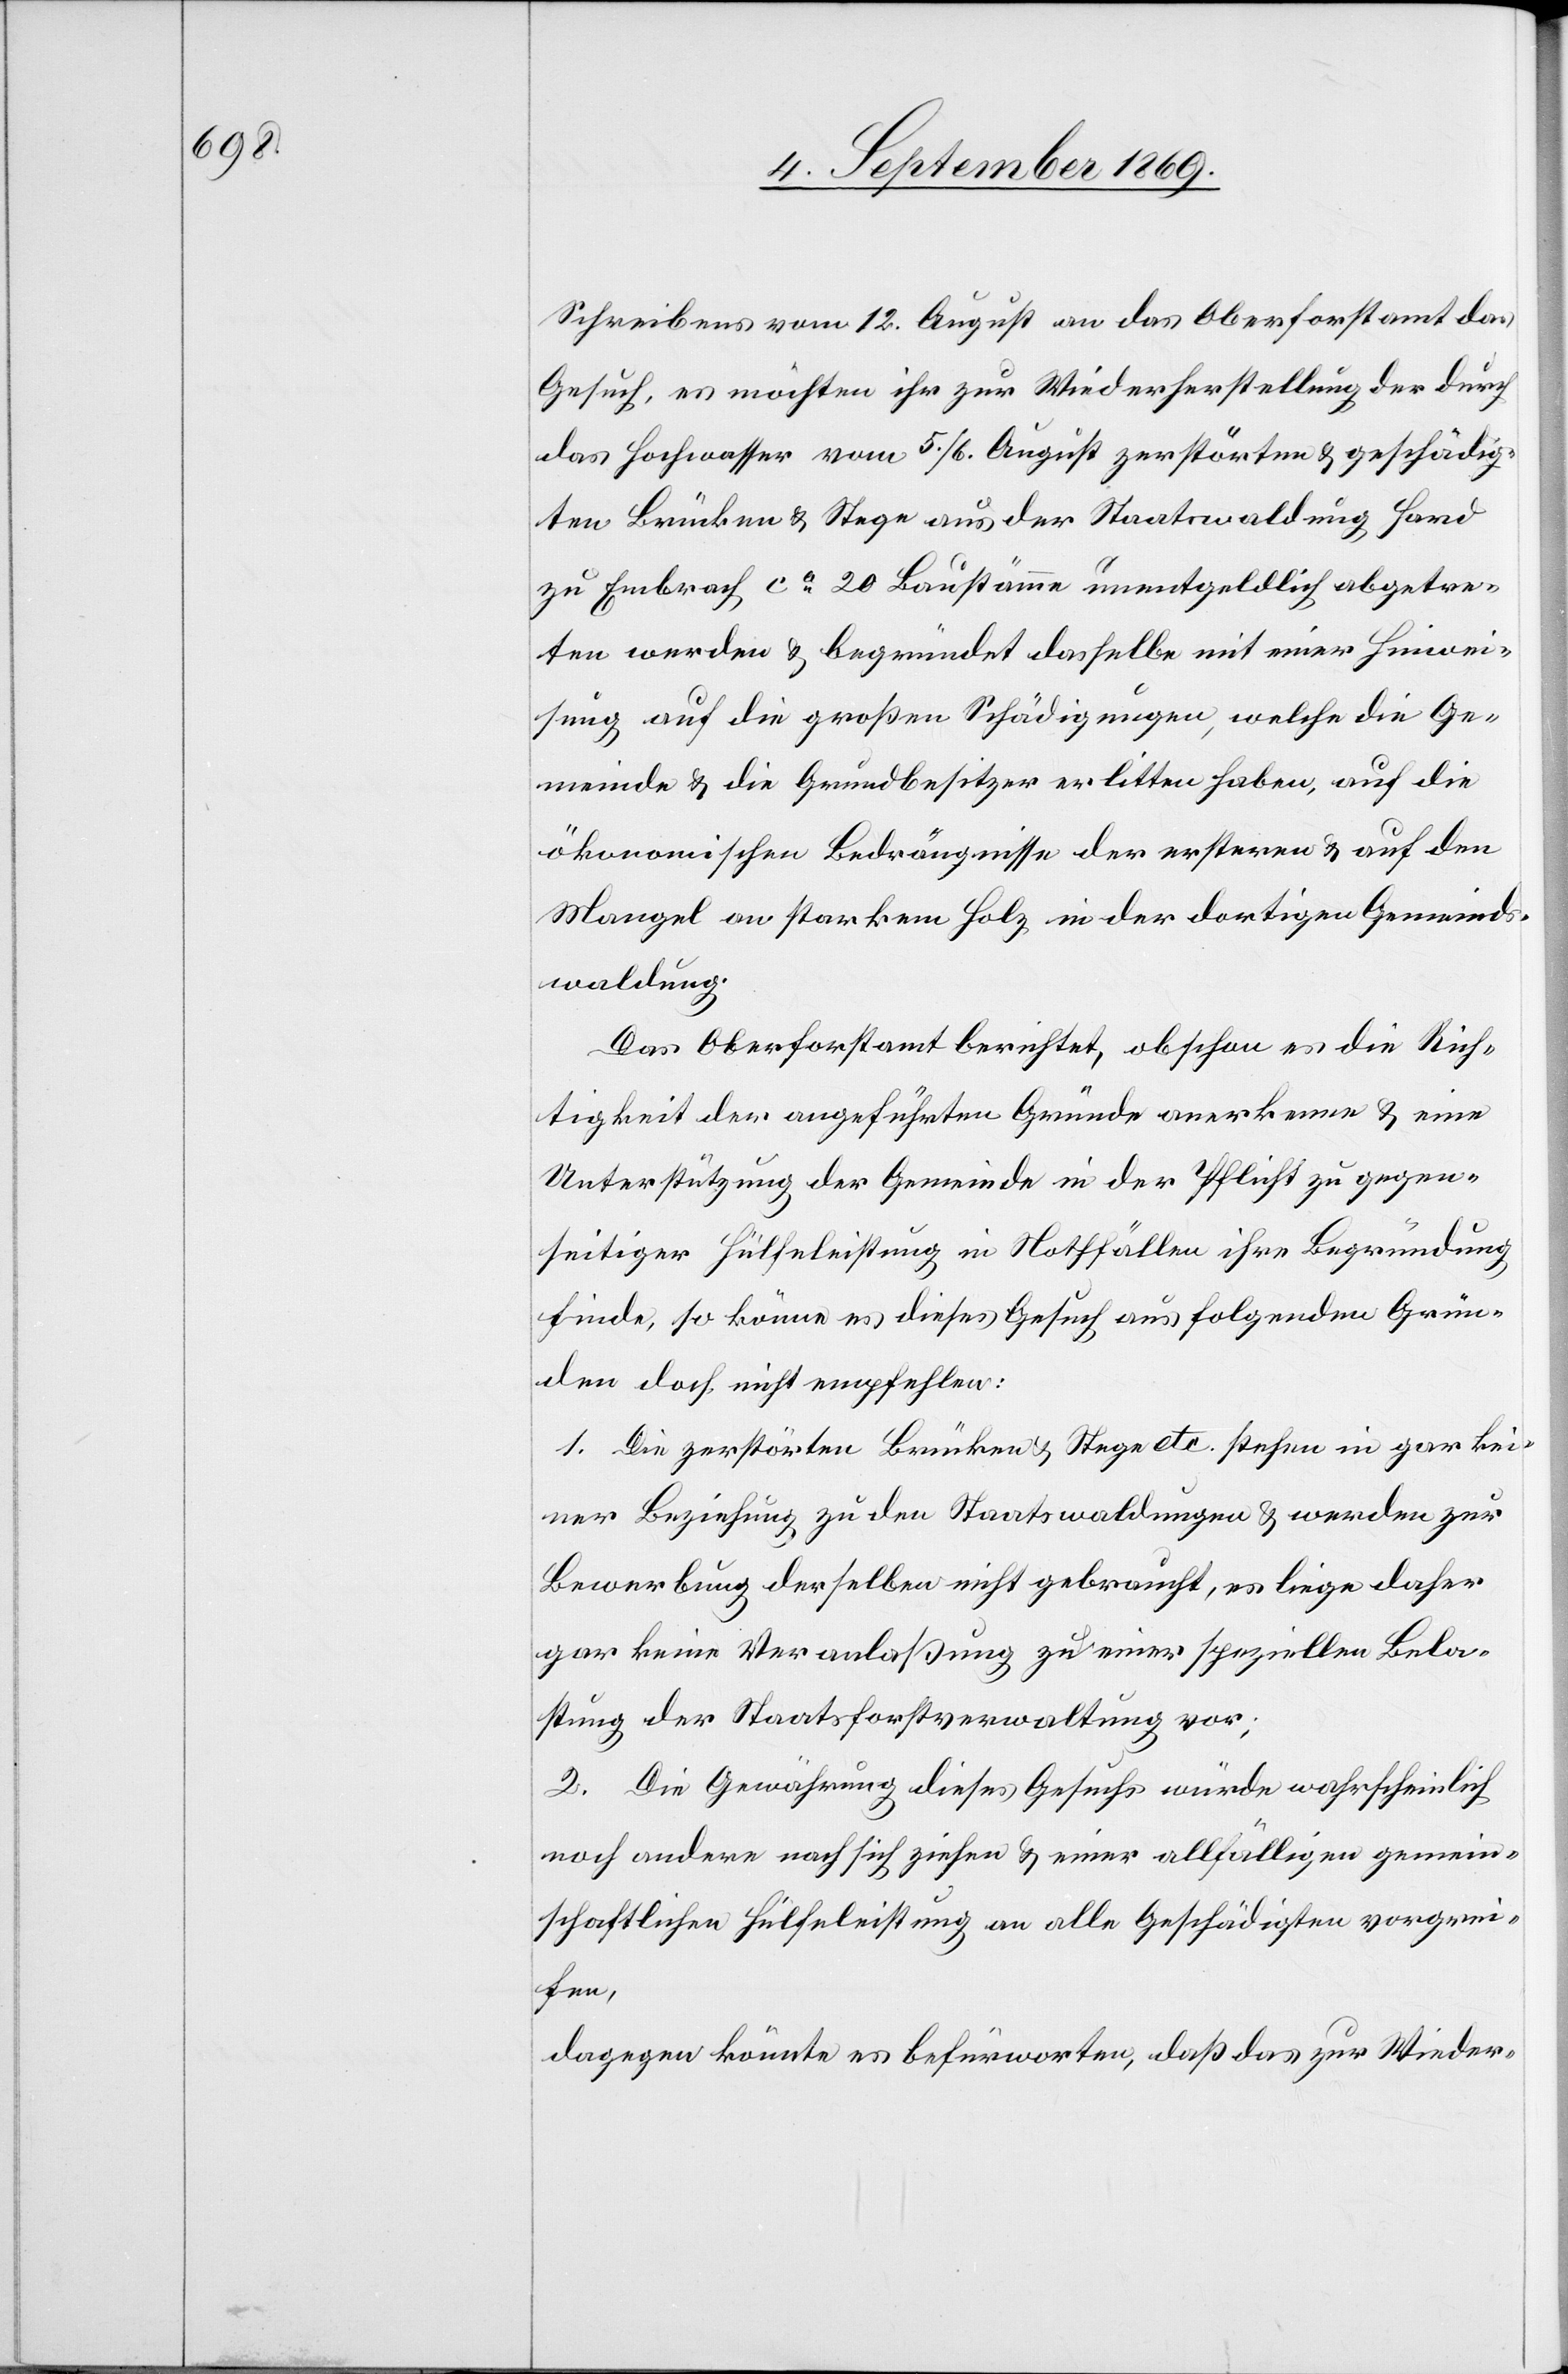
Schreibens vom 12. August an das Oberforstamt das
Gesuch, es möchten ihr zur Wiederherstellung der durch
das Hochwasser vom 5./6. August zerstörten & geschädig¬
ten Brücken & Stege aus der Staatswaldung Hard
zu Embrach ca 20 Bau[m]stämme unentgeldlich abgetre¬
ten werden & begründet dasselbe mit einer Hinwei¬
sung auf die großen Schädigungen, welche die Ge¬
meinde & die Grundbesitzer erlitten haben, auf die
ökonomischen Bedrängnisse der ersteren & auf den
Mangel an starkem Holz in der dortigen Gemeinds¬
waldung.
Das Oberforstamt berichtet, obschon es die Rich¬
tigkeit der angeführten Gründe anerkenne & eine
Unterstützung der Gemeinde in der Pflicht zu gegen¬
seitiger Hülfeleistung in Nothfällen ihre Begründung
finde, so könne es dieses Gesuch aus folgenden Grün¬
den doch nicht empfehlen:
1. Die zerstörten Brücken & Stege etc. stehen in gar kei¬
ner Beziehung zu den Staatswaldungen & werden zur
Bewerbung derselben nicht gebraucht, es liege daher
gar keine Veranlaßung zu einer speziellen Bela¬
stung der Staatsforstverwaltung vor;
2. Die Gewährung dieses Gesuchs würde wahrscheinlich
noch andere nach sich ziehen & einer allfälligen gemein¬
schaftlichen Hülfeleistung an alle Geschädigten vorgrei¬
fen,
dagegen könnte es befürworten, daß das zur Wieder-